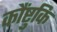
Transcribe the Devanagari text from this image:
कौंष्टुकि